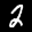
Label: 2